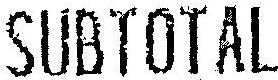
SUBTOTAL